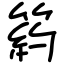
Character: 箹